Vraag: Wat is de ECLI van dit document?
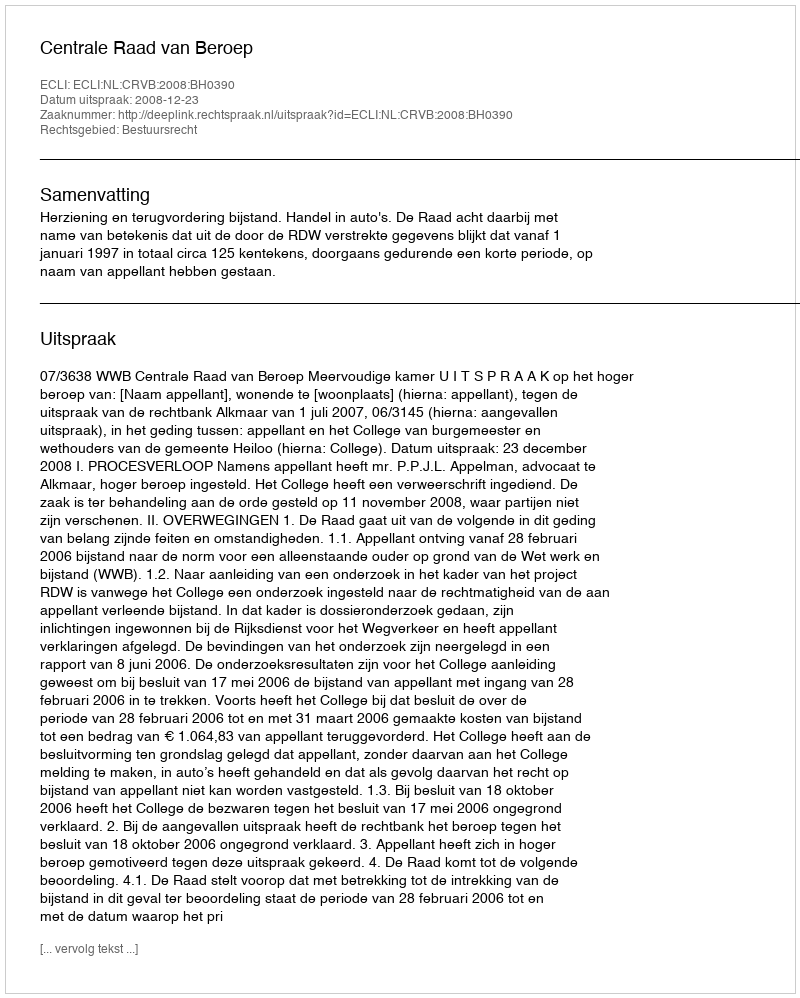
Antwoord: ECLI:NL:CRVB:2008:BH0390